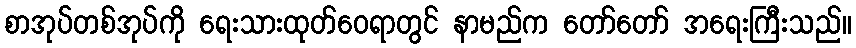
စာအုပ်တစ်အုပ်ကို ရေးသားထုတ်ဝေရာတွင် နာမည်က တော်တော် အရေးကြီးသည်။